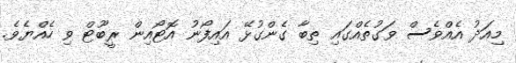
މިއަދު އެއްވެސް ވަގުތެއްގައި ތިބާ ގެންގުޅޭ އައިފޯނު އޮޓޯއިން ރީބޫޓް ވި ހެއްޔެވެ.